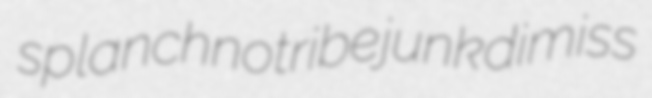
splanchnotribe junk dimiss